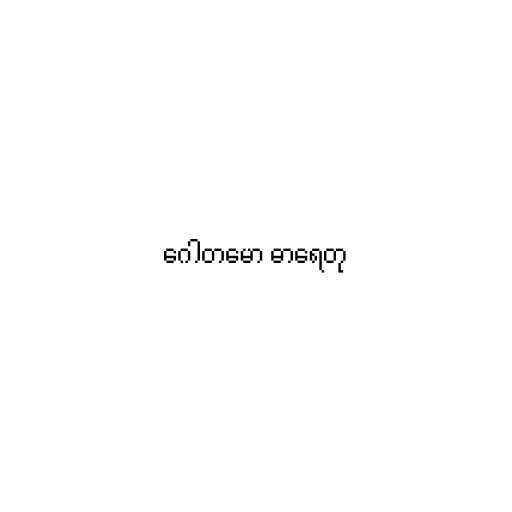
ဂေါတမော ဓာရေတု